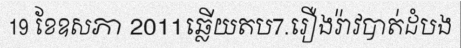
19 ខែឧសភា 2011ឆ្លើយតប7.រឿងរ៉ាវបាត់ដំបង